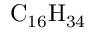
\mathrm { C _ { 1 6 } H _ { 3 4 } }